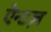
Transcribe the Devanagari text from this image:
ऐन्डज़